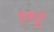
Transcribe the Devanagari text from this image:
इकट्ठें